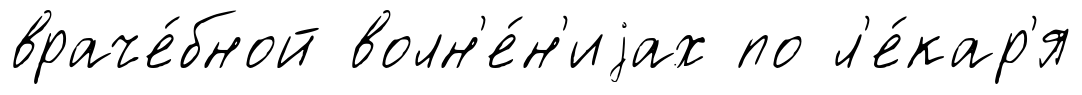
враче́бной волн'е́н'иjах по л'е́кар'я